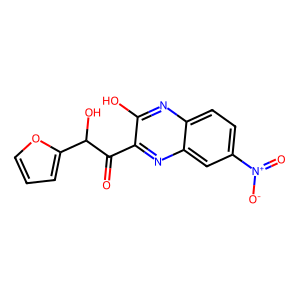
SMILES: O=C(c1nc2cc([N+](=O)[O-])ccc2nc1O)C(O)c1ccco1
Inhibits HIV replication: No